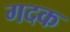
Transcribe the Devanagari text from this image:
गदक